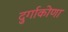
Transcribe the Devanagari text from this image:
दुर्गाकोणा